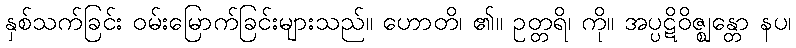
နှစ်သက်ခြင်း ဝမ်းမြောက်ခြင်းများသည်။ ဟောတိ၊ ၏။ ဥတ္တရိ၊ ကို။ အပ္ပဋိဝိဇ္ဈန္တော နပ၊